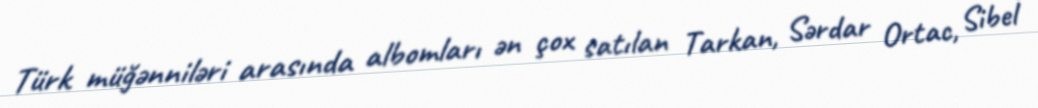
Türk müğənniləri arasında albomları ən çox satılan Tarkan, Sərdar Ortac, Sibel